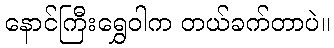
နောင်ကြီးရွှေဝါက တယ်ခက်တာပဲ။